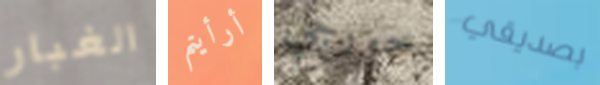
الغبار أرأيتم جورجي بصديقي